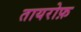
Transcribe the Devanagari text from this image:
तायरोफ़